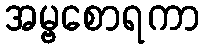
အမ္ဗစောရကာ